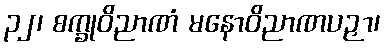
၃၂၊ စက္ခုဝိညာဏံ မနောဝိညာဏပဉှာ၊